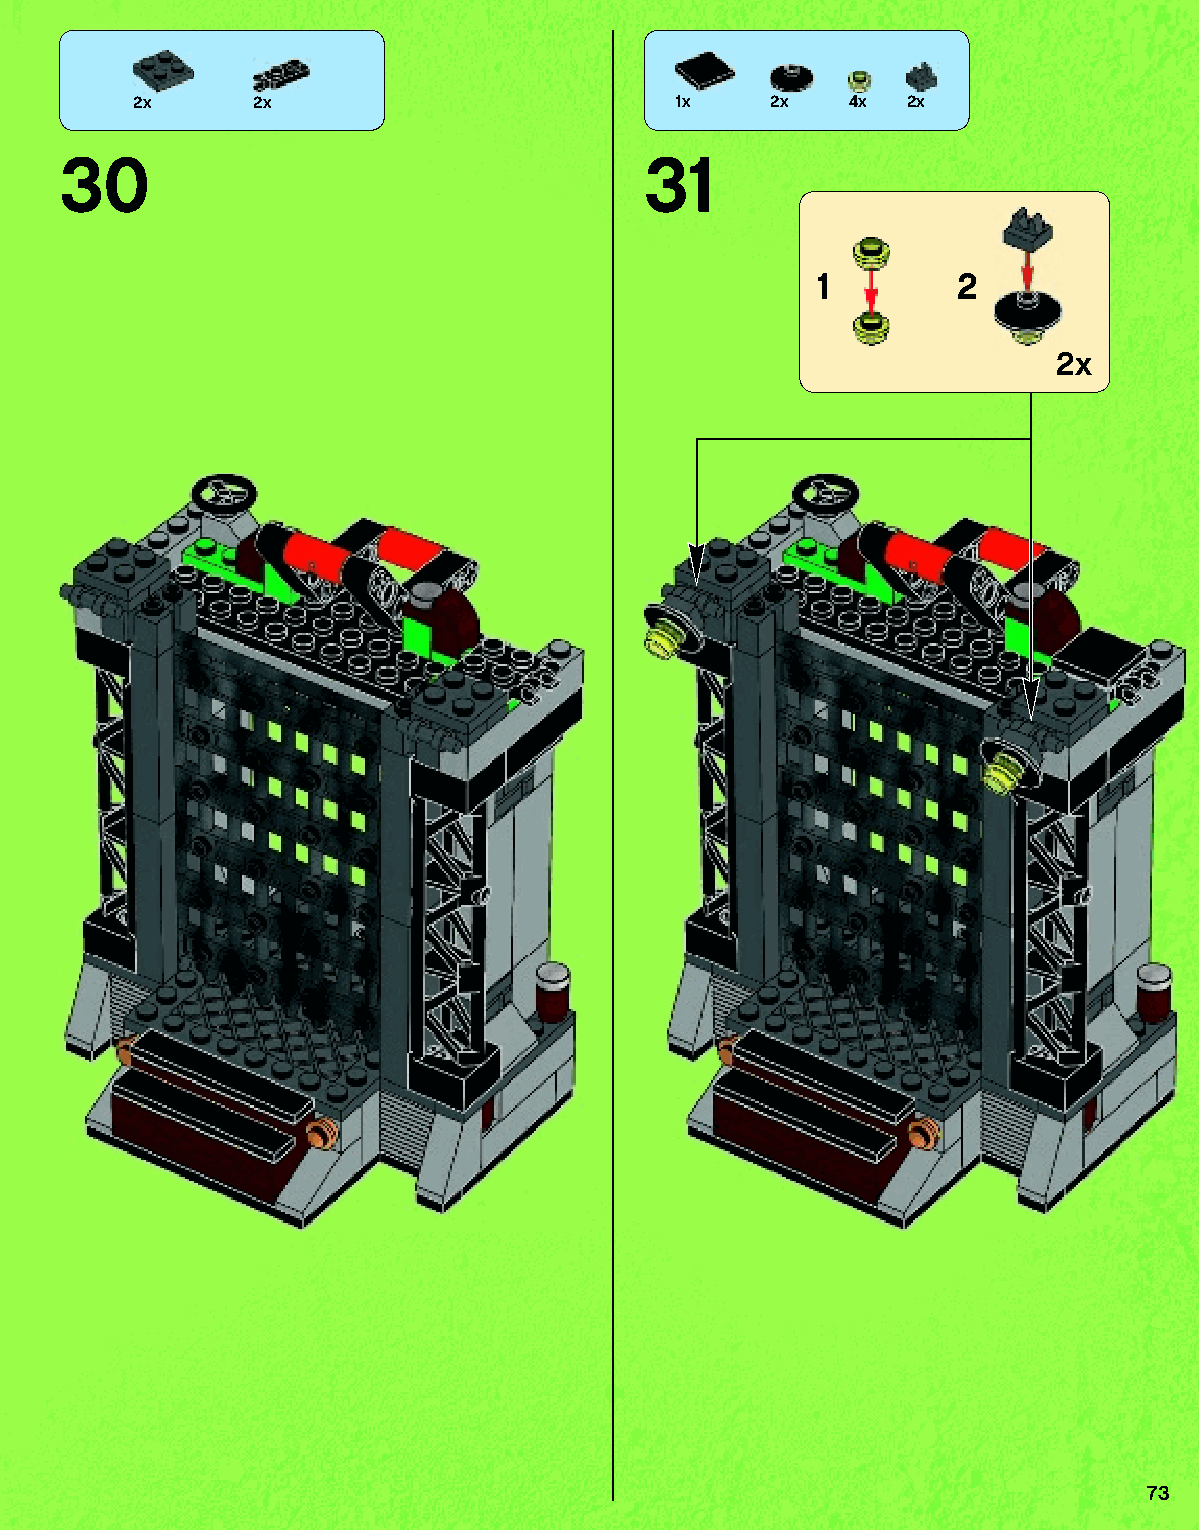
2x      2x                          1x    2x   4x  2x
 30                                    31
 1        2
 2x
 73
 79117_Book1.indd 73                                               01/11/2013 4:35 PM